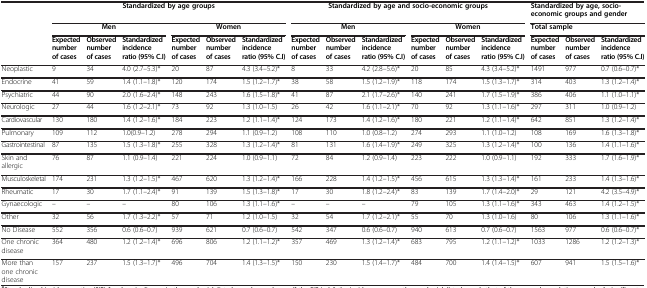
<table><thead><tr><td><b> </b></td><td colspan="6"><b>Standardized by age groups</b></td><td colspan="6"><b>Standardized by age and socio-economic groups</b></td><td colspan="3"><b>Standardized by age, socio-economic groups and gender</b></td></tr><tr><td><b> </b></td><td colspan="3"><b>Men</b></td><td colspan="3"><b>Women</b></td><td colspan="3"><b>Men</b></td><td colspan="3"><b>Women</b></td><td colspan="3"><b>Total sample</b></td></tr><tr><td><b> </b></td><td><b>Expected number of cases</b></td><td><b>Observed number of cases</b></td><td><b>Standardized incidence ratio (95% C.I)</b></td><td><b>Expected number of cases</b></td><td><b>Observed number of cases</b></td><td><b>Standardized incidence ratio (95% C.I)</b></td><td><b>Expected number of cases</b></td><td><b>Observed number of cases</b></td><td><b>Standardized incidence ratio (95% C.I)</b></td><td><b>Expected number of cases</b></td><td><b>Observed number of cases</b></td><td><b>Standardized incidence ratio (95% C.I)</b></td><td><b>Expected number of cases</b></td><td><b>Observed number of cases</b></td><td><b>Standardized incidence ratio (95% C.I)</b></td></tr></thead><tbody><tr><td>Neoplastic</td><td>9</td><td>34</td><td>4.0 (2.7–5.3)*</td><td>20</td><td>87</td><td>4.3 (3.4–5.2)*</td><td>8</td><td>33</td><td>4.2 (2.8–5.6)*</td><td>20</td><td>85</td><td>4.3 (3.4–5.2)*</td><td>1491</td><td>977</td><td>0.7 (0.6–0.7)*</td></tr><tr><td>Endocrine</td><td>41</td><td>59</td><td>1.4 (1.1–1.8)*</td><td>120</td><td>174</td><td>1.5 (1.2–1.7)*</td><td>38</td><td>58</td><td>1.5 (1.2–1.9)*</td><td>118</td><td>174</td><td>1.5 (1.3–1.7)*</td><td>314</td><td>403</td><td>1.3 (1.2–1.4)*</td></tr><tr><td>Psychiatric</td><td>44</td><td>90</td><td>2.0 (1.6–2.4)*</td><td>148</td><td>243</td><td>1.6 (1.5–1.8)*</td><td>41</td><td>87</td><td>2.1 (1.7–2.6)*</td><td>140</td><td>241</td><td>1.7 (1.5–1.9)*</td><td>386</td><td>406</td><td>1.1 (1.0–1.1)*</td></tr><tr><td>Neurologic</td><td>27</td><td>44</td><td>1.6 (1.2–2.1)*</td><td>73</td><td>92</td><td>1.3 (1.0–1.5)</td><td>26</td><td>42</td><td>1.6 (1.1–2.1)*</td><td>70</td><td>92</td><td>1.3 (1.1–1.6)*</td><td>297</td><td>311</td><td>1.0 (0.9–1.2)</td></tr><tr><td>Cardiovascular</td><td>130</td><td>180</td><td>1.4 (1.2–1.6)*</td><td>184</td><td>223</td><td>1.2 (1.1–1.4)*</td><td>124</td><td>173</td><td>1.4 (1.2–1.6)*</td><td>180</td><td>221</td><td>1.2 (1.1–1.4)*</td><td>642</td><td>851</td><td>1.3 (1.2–1.4)*</td></tr><tr><td>Pulmonary</td><td>109</td><td>112</td><td>1.0(0.9–1.2)</td><td>278</td><td>294</td><td>1.1 (0.9–1.2)</td><td>108</td><td>110</td><td>1.0 (0.8–1.2)</td><td>274</td><td>293</td><td>1.1 (1.0–1.2)</td><td>108</td><td>169</td><td>1.6 (1.3–1.8)*</td></tr><tr><td>Gastrointestinal</td><td>87</td><td>135</td><td>1.5 (1.3–1.8)*</td><td>255</td><td>328</td><td>1.3 (1.2–1.4)*</td><td>81</td><td>131</td><td>1.6 (1.4–1.9)*</td><td>249</td><td>325</td><td>1.3 (1.2–1.4)*</td><td>100</td><td>136</td><td>1.4 (1.1–1.6)*</td></tr><tr><td>Skin and allergic</td><td>76</td><td>87</td><td>1.1 (0.9–1.4)</td><td>221</td><td>224</td><td>1.0 (0.9–1.1)</td><td>72</td><td>84</td><td>1.2 (0.9–1.4)</td><td>223</td><td>222</td><td>1.0 (0.9–1.1)</td><td>192</td><td>333</td><td>1.7 (1.6–1.9)*</td></tr><tr><td>Musculoskeletal</td><td>174</td><td>231</td><td>1.3 (1.2–1.5)*</td><td>467</td><td>620</td><td>1.3 (1.2–1.4)*</td><td>166</td><td>228</td><td>1.4 (1.2–1.5)*</td><td>456</td><td>615</td><td>1.3 (1.3–1.4)*</td><td>161</td><td>233</td><td>1.4 (1.3–1.6)*</td></tr><tr><td>Rheumatic</td><td>17</td><td>30</td><td>1.7 (1.1–2.4)*</td><td>91</td><td>139</td><td>1.5 (1.3–1.8)*</td><td>17</td><td>30</td><td>1.8 (1.2–2.4)*</td><td>83</td><td>139</td><td>1.7 (1.4–2.0)*</td><td>29</td><td>121</td><td>4.2 (3.5–4.9)*</td></tr><tr><td>Gynaecologic</td><td>–</td><td>–</td><td>–</td><td>80</td><td>106</td><td>1.3 (1.1–1.6)*</td><td>–</td><td>–</td><td>–</td><td>79</td><td>105</td><td>1.3 (1.1–1.6)*</td><td>343</td><td>463</td><td>1.4 (1.2–1.5)*</td></tr><tr><td>Other</td><td>32</td><td>56</td><td>1.7 (1.3–2.2)*</td><td>57</td><td>71</td><td>1.2 (1.0–1.5)</td><td>32</td><td>54</td><td>1.7 (1.2–2.1)*</td><td>55</td><td>70</td><td>1.3 (1.0–1.6)</td><td>80</td><td>106</td><td>1.3 (1.1–1.6)*</td></tr><tr><td>No Disease</td><td>552</td><td>356</td><td>0.6 (0.6–0.7)</td><td>939</td><td>621</td><td>0.7 (0.6–0.7)</td><td>542</td><td>347</td><td>0.6 (0.6–0.7)</td><td>940</td><td>613</td><td>0.7 (0.6–0.7)</td><td>1563</td><td>977</td><td>0.6 (0.6–0.7)*</td></tr><tr><td>One chronic disease</td><td>364</td><td>480</td><td>1.2 (1.2–1.4)*</td><td>696</td><td>806</td><td>1.2 (1.1–1.2)*</td><td>357</td><td>469</td><td>1.3 (1.2–1.4)*</td><td>683</td><td>795</td><td>1.2 (1.1–1.2)*</td><td>1033</td><td>1286</td><td>1.2 (1.2–1.3)*</td></tr><tr><td>More than one chronic disease</td><td>157</td><td>237</td><td>1.5 (1.3–1.7)*</td><td>496</td><td>704</td><td>1.4 (1.3–1.5)*</td><td>150</td><td>230</td><td>1.5 (1.4–1.7)*</td><td>484</td><td>700</td><td>1.4 (1.4–1.5)*</td><td>607</td><td>941</td><td>1.5 (1.5–1.6)*</td></tr></tbody></table>